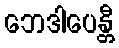
ဘေဒါပေန္တီ